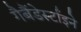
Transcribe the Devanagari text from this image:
गैबैंडेर्स्टाइने